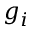
g _ { i }